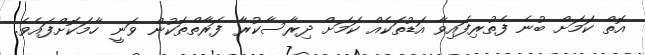
އޮތް ކަމަށް ބުނެ ފެތުރިފައިވާ އަޑުތަކެއް ކަމަށް ދިރާސާކުރާ ފަރާތްތަކުން ވަނީ ހާމަކޮށްފައެވެ.